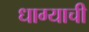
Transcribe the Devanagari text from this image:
धाग्याची